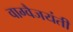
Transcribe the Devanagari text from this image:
वाग्वैजयंती